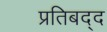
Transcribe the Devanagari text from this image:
प्रतिबद्द